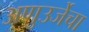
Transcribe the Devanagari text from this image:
अणुउर्जेचा